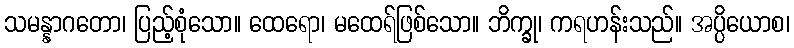
သမန္နာဂတော၊ ပြည့်စုံသော။ ထေရော၊ မထေရ်ဖြစ်သော။ ဘိက္ခု၊ ကရဟန်းသည်။ အပ္ပိယောစ၊